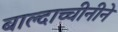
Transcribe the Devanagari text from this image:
बाल्दाच्चीनीने